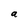
Character: a